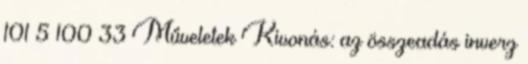
101 5 100 33 Műveletek Kivonás: az összeadás inverz